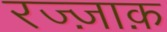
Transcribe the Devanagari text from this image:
रज्ज़ाक़